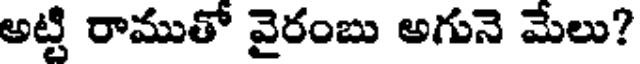
అట్టి రాముతో వైరంబు అగునె మేలు?